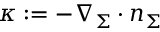
\kappa : = - \nabla _ { \Sigma } \cdot n _ { \Sigma }